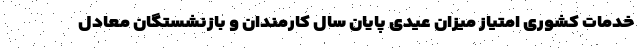
خدمات کشوری امتیاز میزان عیدی پایان سال کارمندان و بازنشستگان معادل